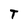
Character: T